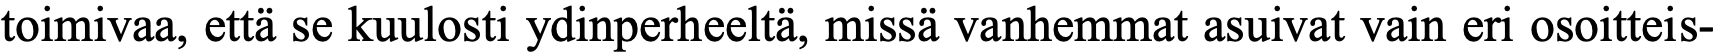
toimivaa, että se kuulosti ydinperheeltä, missä vanhemmat asuivat vain eri osoitteis-